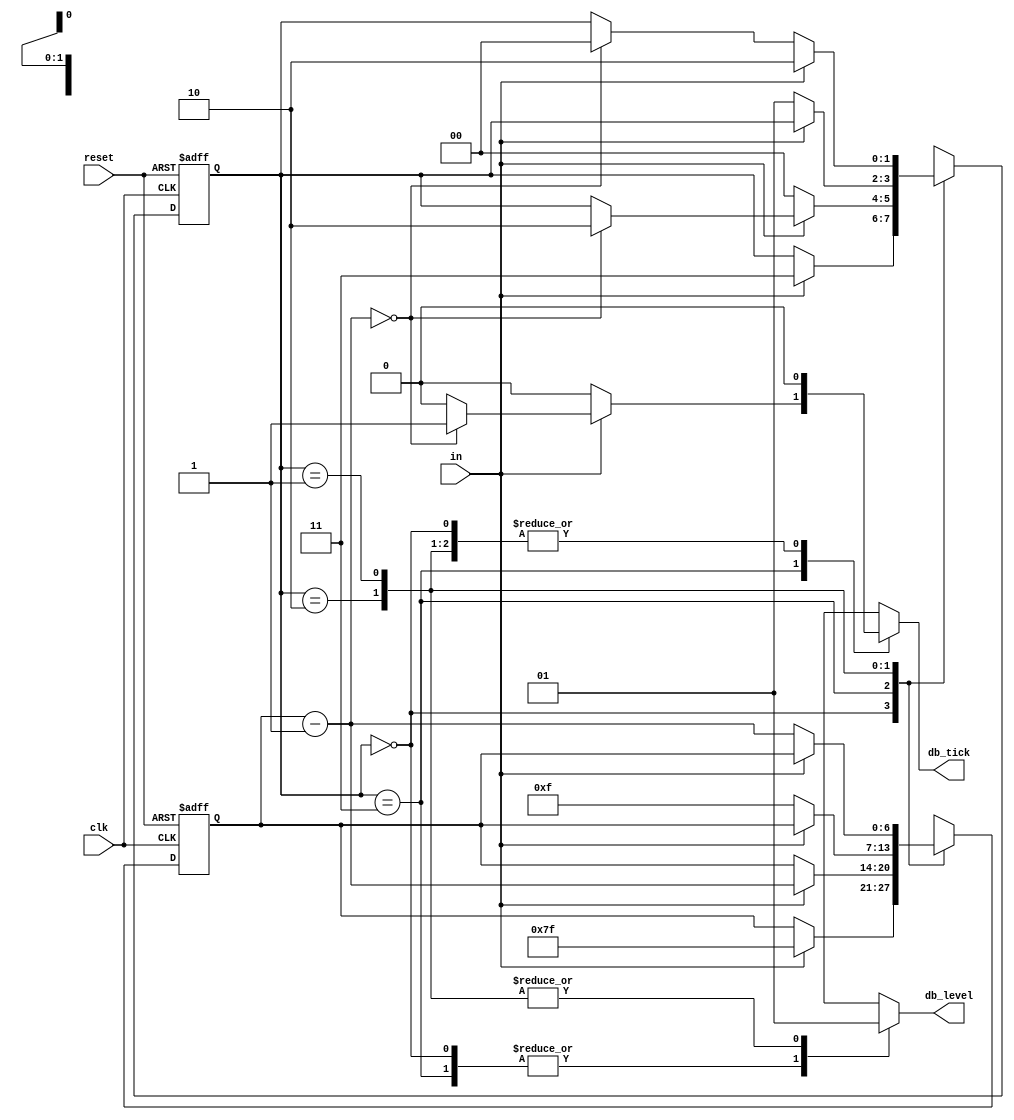
// This program was cloned from: https://github.com/marceluda/rp_lock-in_pid
// License: GNU General Public License v3.0

//////////////////////////////////////////////////////////////////////////////////
//
//
//  Machine state thats puts in value on db_level output only when that value
//  lasted for a while.
//
//
//////////////////////////////////////////////////////////////////////////////////

// Listing 6.2
module debounce #(parameter N0=7 , N1=4)
   (
    input wire clk, reset,
    input wire in,
    output reg db_level, db_tick
   );
   
   /*
    *  N0=7 ---> 8 ns * 2**7 ---> 1024 ns ~ 1us
    *  N1=2 ---> 8 ns * 2**2 --->   32 ns 
    */
   
   // symbolic state declaration
   localparam  [1:0]
               zero  = 2'b00,
               wait0 = 2'b01,
               one   = 2'b10,
               wait1 = 2'b11;
   
   // signal declaration
   reg [N0-1:0] q_reg, q_next;
   reg [1:0] state_reg, state_next;

   // body
   // fsmd state & data registers
    always @(posedge clk, posedge reset)
       if (reset)
          begin
             state_reg <= zero;
             q_reg <= 0;
          end
       else
          begin
             state_reg <= state_next;
             q_reg <= q_next;
          end

   // next-state logic & data path functional units/routing
   always @*
   begin
      state_next = state_reg;   // default state: the same
      q_next = q_reg;           // default q: unchnaged
      db_tick = 1'b0;           // default output: 0
      case (state_reg)
         zero:
            begin
               db_level = 1'b0;
               if (in)
                  begin
                     state_next = wait1;
                     q_next = {N0{1'b1}}; // load 1..1
                  end
            end
         wait1:
            begin
               db_level = 1'b0;
               if (in)
                  begin
                     q_next = q_reg - 1;
                     if (q_next==0)
                        begin
                           state_next = one;
                           db_tick = 1'b1;
                        end
                  end
               else // in==0
                  state_next = zero;
            end
         one:
            begin
               db_level = 1'b1;
               if (~in)
                  begin
                     state_next = wait0;
                     q_next = { {N0-N1{1'b0}}  , {N1{1'b1}}  }; // load 1..1
                  end
            end
         wait0:
            begin
               db_level = 1'b1;
               if (~in)
                  begin
                     q_next = q_reg - 1;
                     if (q_next==0)
                        state_next = zero;
                  end
               else // in==1
                  state_next = one;

            end
         default: state_next = zero;
      endcase
   end

endmodule


/* 
Instantiation example:

debounce #(.N0(7) , N1(4)) i_debounce_NAME ( .clk(clk), .reset(rst), .in(IN), .db_level(OUT), .db_tick (OUT_TICK)  );

*/